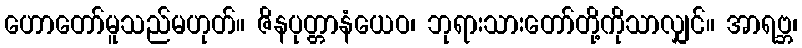
ဟောတော်မူသည်မဟုတ်။ ဇိနပုတ္တာနံယေဝ၊ ဘုရားသားတော်တို့ကိုသာလျှင်။ အာရဗ္ဘ၊